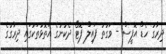
ދިރާގު ހެޑް އޮފީސް - ވަގުތު ފައިލް ފޮޓޯ ދެކުނުގެ އަތޮޅުތަކުގައި ދިރާގުގެ